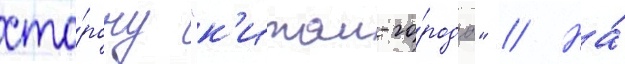
сто́рону "к'итаи-го́рода" // На́